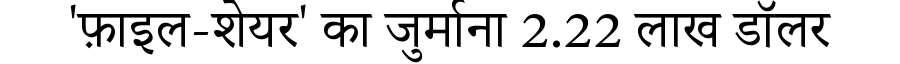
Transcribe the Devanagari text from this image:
'फ़ाइल-शेयर' का जुर्माना 2.22 लाख डॉलर